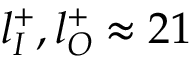
l _ { I } ^ { + } , l _ { O } ^ { + } \approx 2 1